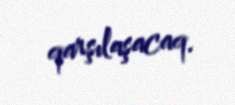
qarşılaşacaq.